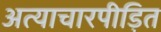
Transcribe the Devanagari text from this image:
अत्याचारपीड़ित